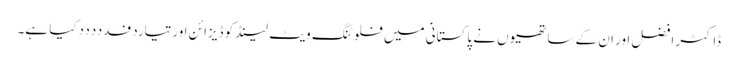
ڈاکٹر افضل اور ان کے ساتھیوں نے پاکستانی میں فلوٹنگ ویٹ لینڈ کو ڈیزائن اورتیاردفدددددکیا ہے۔